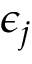
\epsilon _ { j }